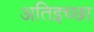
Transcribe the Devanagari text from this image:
अतिइच्छा